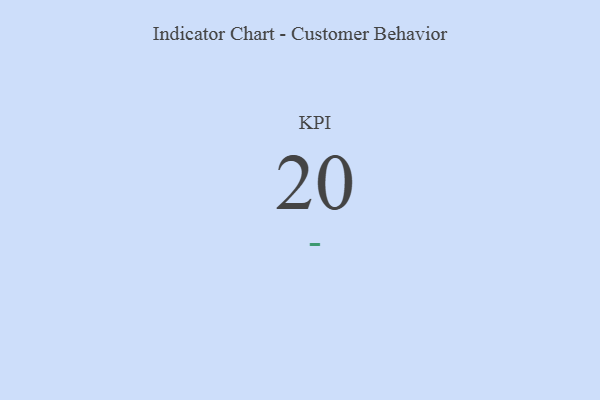
{"axis": {"x": "KPI", "y": "Value"}, "legend": [""], "data": [{"x": "KPI", "y": 20, "type": ""}]}